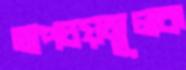
অপচয়মূলক